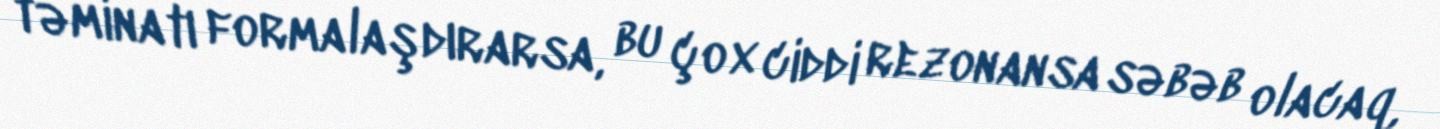
təminatı formalaşdırarsa, bu çox ciddi rezonansa səbəb olacaq,